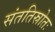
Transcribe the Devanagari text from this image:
संततिस्रोतः